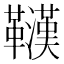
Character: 𲊠